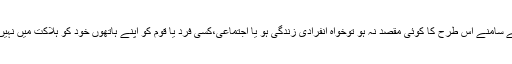
اگر انسان کے سامنے اس طرح کا کوئی مقصد نہ ہو توخواہ انفرادی زندگی ہو یا اجتماعی،کسی فرد یا قوم کو اپنے ہاتھوں خود کو ہلاکت میں نہیں ڈالنا چاہئے۔